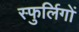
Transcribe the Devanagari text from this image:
स्फुर्लिगों